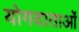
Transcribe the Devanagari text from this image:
योगदाताओं